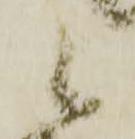
候